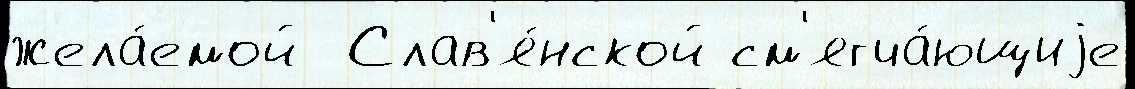
жела́емой  Слав'я́нской см'ягча́ющиjе